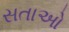
સતાઓ